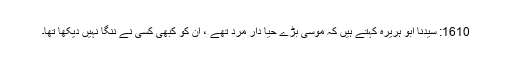
1610: سیدنا ابو ہریرہؓ کہتے ہیں کہ موسیٰؑ بڑے حیا دار مرد تھے ، ان کو کبھی کسی نے ننگا نہیں دیکھا تھا۔